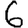
Digit: 6